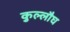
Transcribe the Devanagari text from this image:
कुल्लौघ